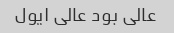
عالی بود عالی ایول